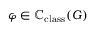
\varphi \in \mathbb { C } _ { \mathrm { c l a s s } } ( G )